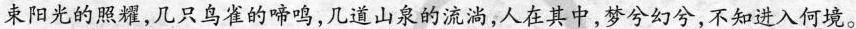
束阳光的照耀，几只鸟雀的啼鸣，几道山泉的流淌，人在其中，梦兮幻兮，不知进入何境。